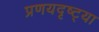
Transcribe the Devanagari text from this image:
प्रणयदृष्ट्या